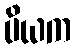
ပိယက